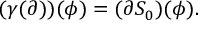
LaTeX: ( \gamma ( \partial ) ) ( \phi ) = ( \partial S _ { 0 } ) ( \phi ) .